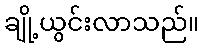
ချို့ယွင်းလာသည်။